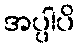
အပ္ပါပိ